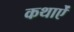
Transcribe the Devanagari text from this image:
कथाऐं